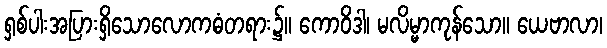
ရှစ်ပါးအပြားရှိသောလောကဓံတရား၌။ ကောဝိဒါ၊ မလိမ္မာကုန်သော။ ယေဗာလာ၊